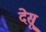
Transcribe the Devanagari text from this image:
देसू